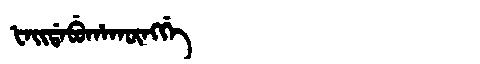
Manchu: ᡶᠠᡳᡩᠠᠪᡠᡥᠠᡴᡡᠩᡤᡝ
Romanization: FAIDABUHAKŪNGGE